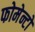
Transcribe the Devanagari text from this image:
फोमेन्टो